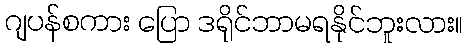
ဂျပန်စကား ပြော ဒရိုင်ဘာမရနိုင်ဘူးလား။